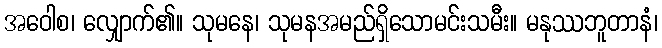
အဝေါစ၊ လျှောက်၏။ သုမနေ၊ သုမနအမည်ရှိသောမင်းသမီး။ မနုဿဘူတာနံ၊